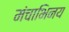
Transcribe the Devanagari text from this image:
मंचाभिनय